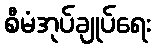
စီမံအုပ်ချုပ်ရေး